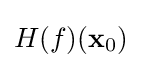
H(f)(\mathbf {x} _{0})